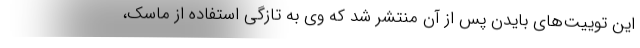
این توییت‌های بایدن پس از آن منتشر شد که وی به تازگی استفاده از ماسک،